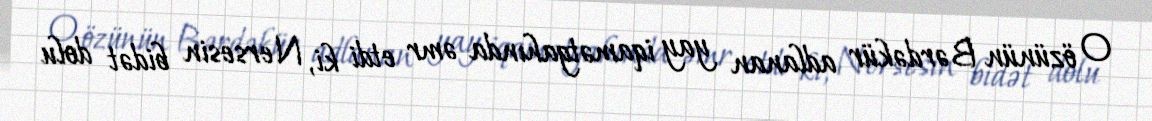
O özünün Bərdəkür adlanan yay iqamətgahında əmr etdi ki, Nersesin bidət dolu